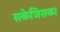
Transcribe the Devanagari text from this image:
सकेजिसका